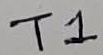
Text: T1